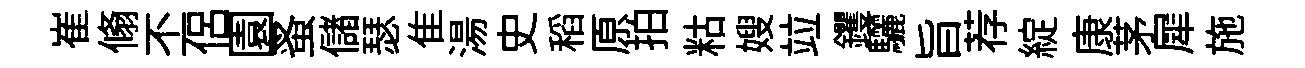
崔翛丕侣園蚤儲瑟隹湯史稻原拍䊀嫂竝钁驪旨荐綻康茅犀施